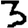
Digit: 3